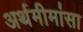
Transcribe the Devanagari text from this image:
अर्थमीमांसा